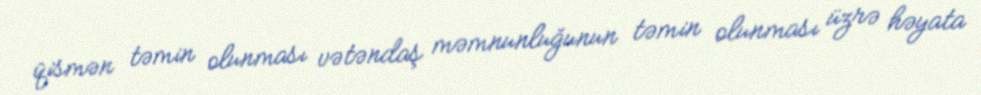
qismən təmin olunması vətəndaş məmnunluğunun təmin olunması üzrə həyata